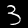
Label: 3